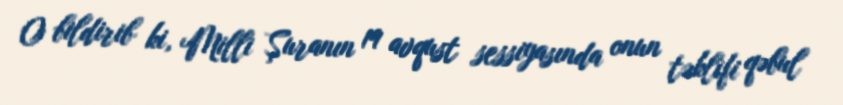
O bildirib ki, Milli Şuranın 19 avqust sessiyasında onun təklifi qəbul